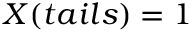
X ( t a i l s ) = 1